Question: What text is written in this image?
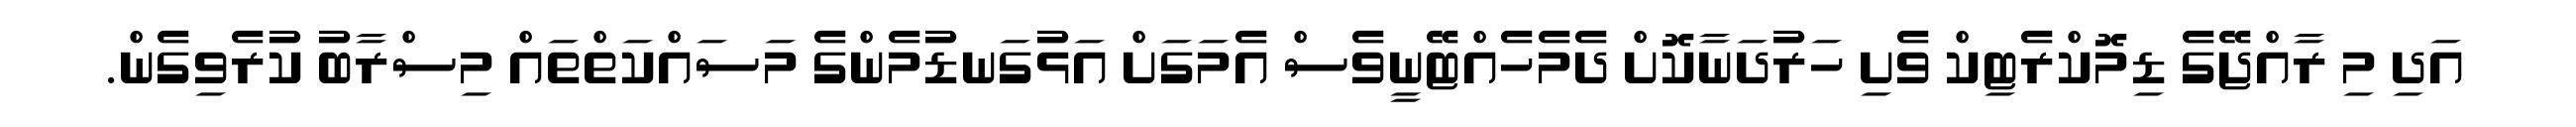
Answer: އަދި މި ރާއްޖޭގެ ޑިމޮކްރެޓިކް ވެށި ހަރުދަނާކޮށް ދެމެހެއްޓޭނީވެސް އެމަގަށް އަޅުގަނޑުމެންގެ މަސައްކަތްތައް މިސްރާބު ކުރެވިގެން.